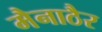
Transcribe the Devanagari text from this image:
मैनाठैर